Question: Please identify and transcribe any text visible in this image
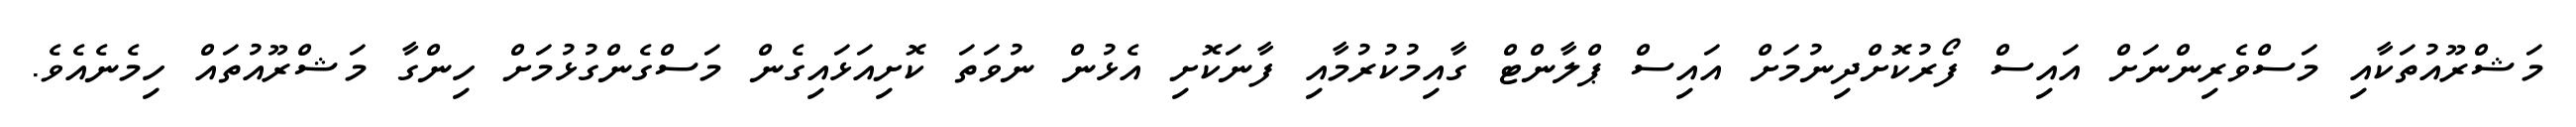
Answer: މަޝްރޫއުތަކާއި މަސްވެރިންނަށް އައިސް ފޯރުކޮށްދިނުމަށް އައިސް ޕްލާންޓް ގާއިމުކުރުމާއި ފާނަކޮށި އެޅުން ނުވަތަ ކޮށިއަޅައިގެން މަސްގެންގުޅުމަށް ހިންގާ މަޝްރޫއުތައް ހިމެނެއެވެ.